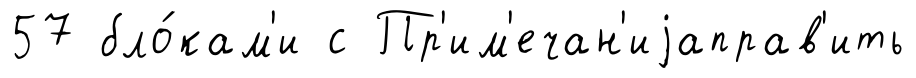
57 бло́кам'и с Пр'им'ечан'иjаправ'ить